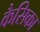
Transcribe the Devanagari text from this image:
कैसिका